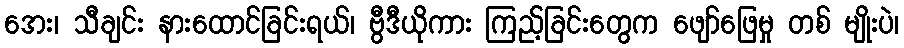
အေး၊ သီချင်း နားထောင်ခြင်းရယ်၊ ဗွီဒီယိုကား ကြည့်ခြင်းတွေက ဖျော်ဖြေမှု တစ် မျိုးပဲ၊